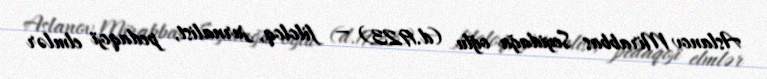
Aslanov Mirabbas Seyidağa oğlu (d.1923) — filoloq, jurnalist, pedaqoji elmlər